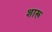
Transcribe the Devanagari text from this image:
शारू